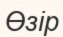
Өзір